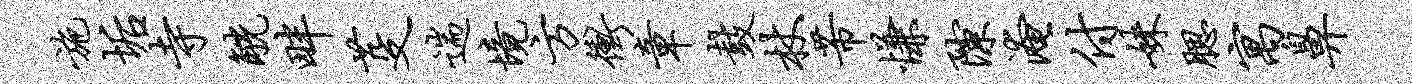
施垢寺觥畔芟遄境方冲章鼓杖芾慊隙淹付妹腮寓鼻